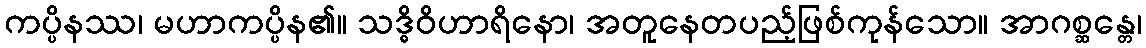
ကပ္ပိနဿ၊ မဟာကပ္ပိန၏။ သဒ္ဓိဝိဟာရိနော၊ အတူနေတပည့်ဖြစ်ကုန်သော။ အာဂစ္ဆန္တေ၊